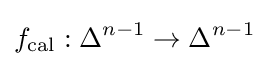
f_{\text{cal}}:\Delta ^{n-1}\to \Delta ^{n-1}